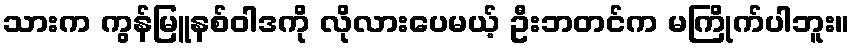
သားက ကွန်မြူနစ်ဝါဒကို လိုလားပေမယ့် ဦးဘတင်က မကြိုက်ပါဘူး။